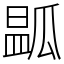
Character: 㼔